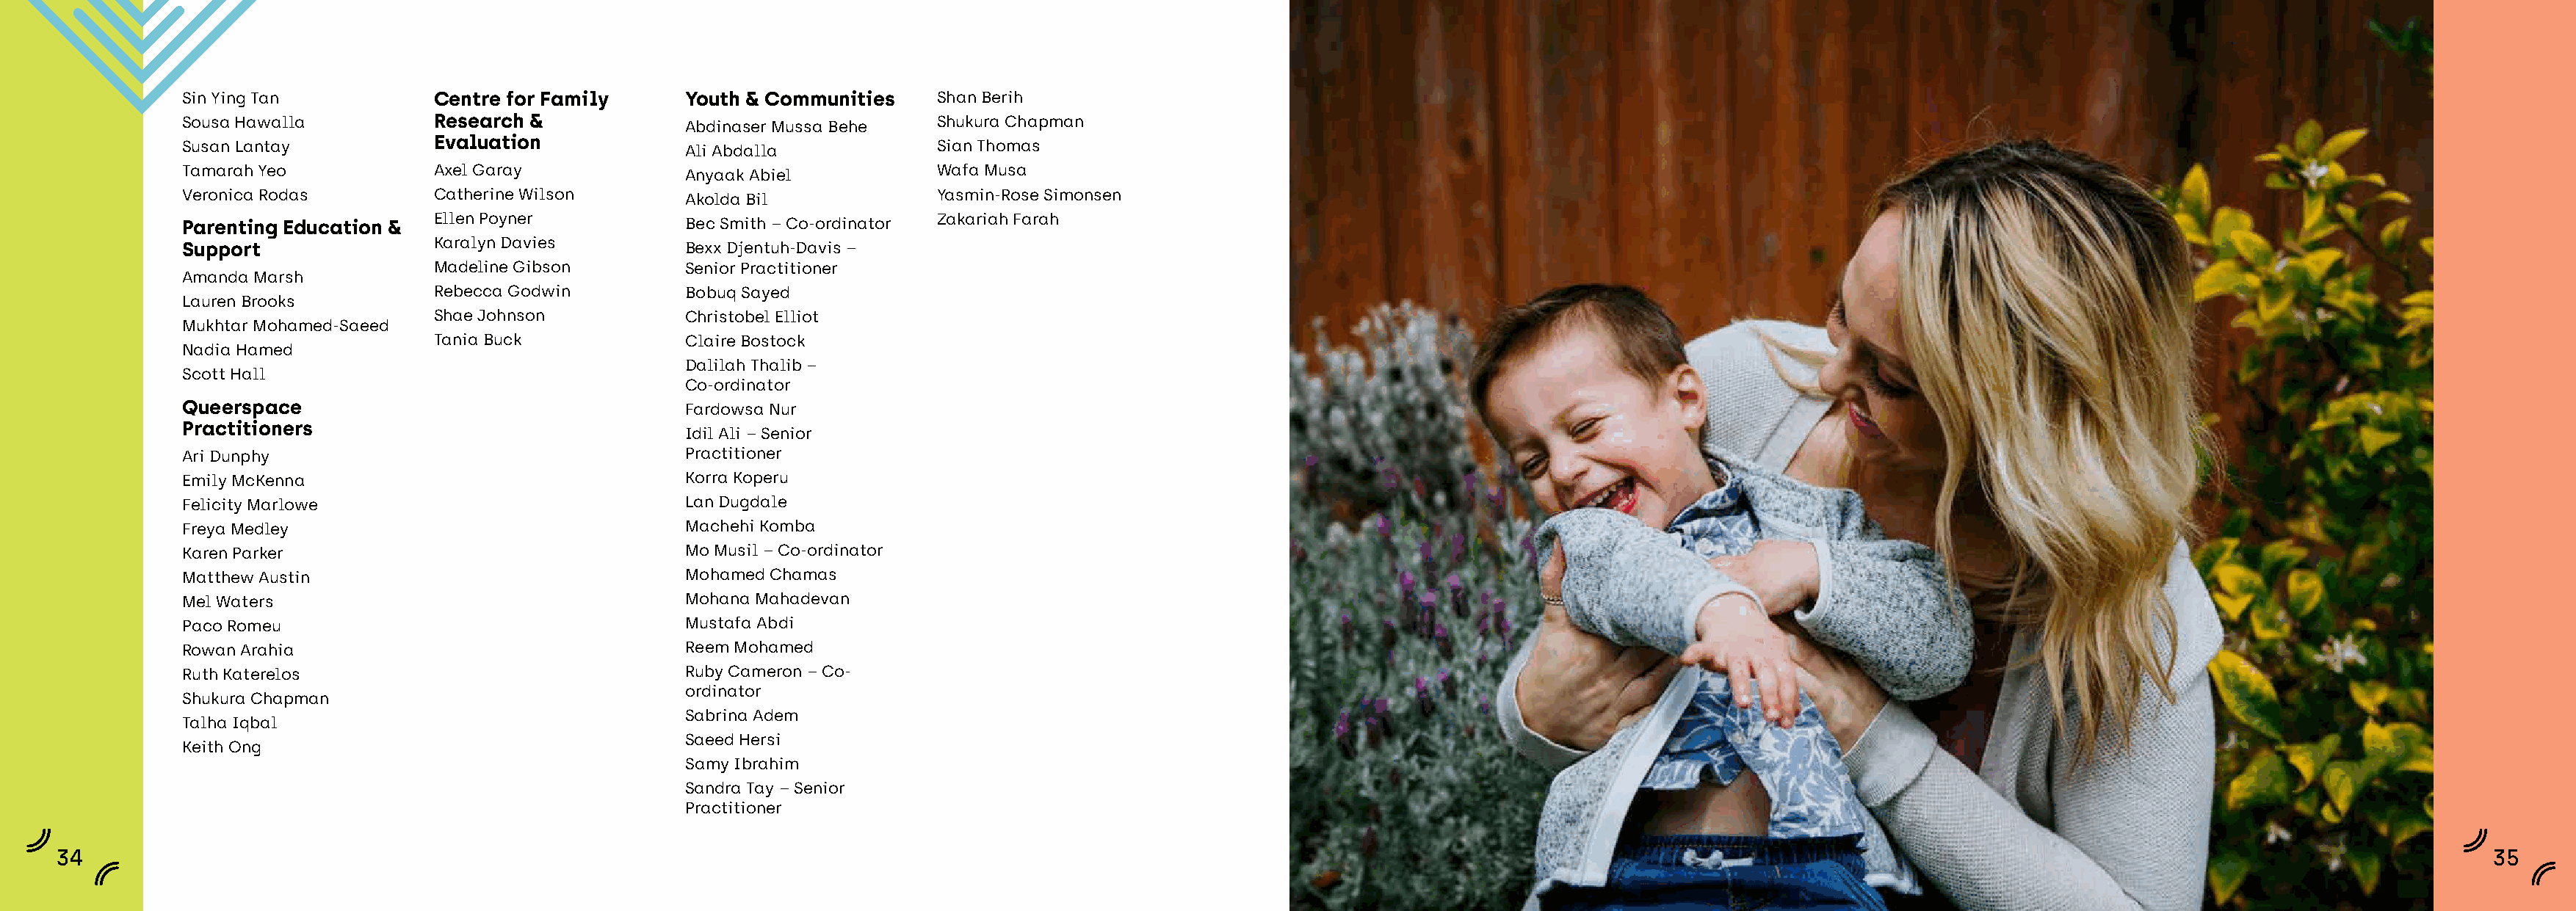
Sin Ying Tan           Centre for Family      Youth & Communities   Shan Berih
 Sousa Hawalla          Research &                                   Shukura Chapman
 Abdinaser Mussa Behe
 Evaluation
 Susan Lantay                                                        Sian Thomas
 Ali Abdalla
 Tamarah Yeo            Axel Garay                                   Wafa Musa
 Anyaak Abiel
 Veronica Rodas         Catherine Wilson                             Yasmin-Rose Simonsen
 Akolda Bil
 Ellen Poyner                                 Zakariah Farah
 Parenting Education &                         Bec Smith – Co-ordinator
 Karalyn Davies
 Support                                       Bexx Djentuh-Davis –
 Madeline Gibson        Senior Practitioner
 Amanda Marsh
 Rebecca Godwin         Bobuq Sayed
 Lauren Brooks
 Shae Johnson           Christobel Elliot
 Mukhtar Mohamed-Saeed
 Tania Buck             Claire Bostock
 Nadia Hamed
 Dalilah Thalib –
 Scott Hall
 Co-ordinator
 Queerspace                                    Fardowsa Nur
 Practitioners
 Idil Ali – Senior
 Ari Dunphy                                    Practitioner
 Emily McKenna                                 Korra Koperu
 Felicity Marlowe                              Lan Dugdale
 Freya Medley                                  Machehi Komba
 Karen Parker                                  Mo Musil – Co-ordinator
 Matthew Austin                                Mohamed Chamas
 Mel Waters                                    Mohana Mahadevan
 Paco Romeu                                    Mustafa Abdi
 Rowan Arahia                                  Reem Mohamed
 Ruth Katerelos                                Ruby Cameron – Co-
 ordinator
 Shukura Chapman
 Sabrina Adem
 Talha Iqbal
 Saeed Hersi
 Keith Ong
 Samy Ibrahim
 Sandra Tay – Senior
 Practitioner
 34                                                                                                                                                                                                                          35